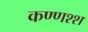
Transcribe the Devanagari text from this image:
कण्णश्श